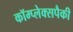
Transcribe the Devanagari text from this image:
कॉम्प्लेक्सपैकी